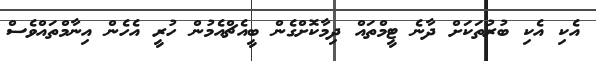
އެކި އެކި ބުރުތަކަށް ދާނެ ޓީމްތައް ދިމާކޮށްގެން ބީއެޗްއެމުން ހުރީ އެހެން އިނާމްތައްވެސް